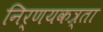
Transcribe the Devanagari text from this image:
निर्णयकत्र्ता